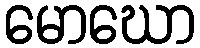
မောဃော